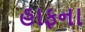
હાફના